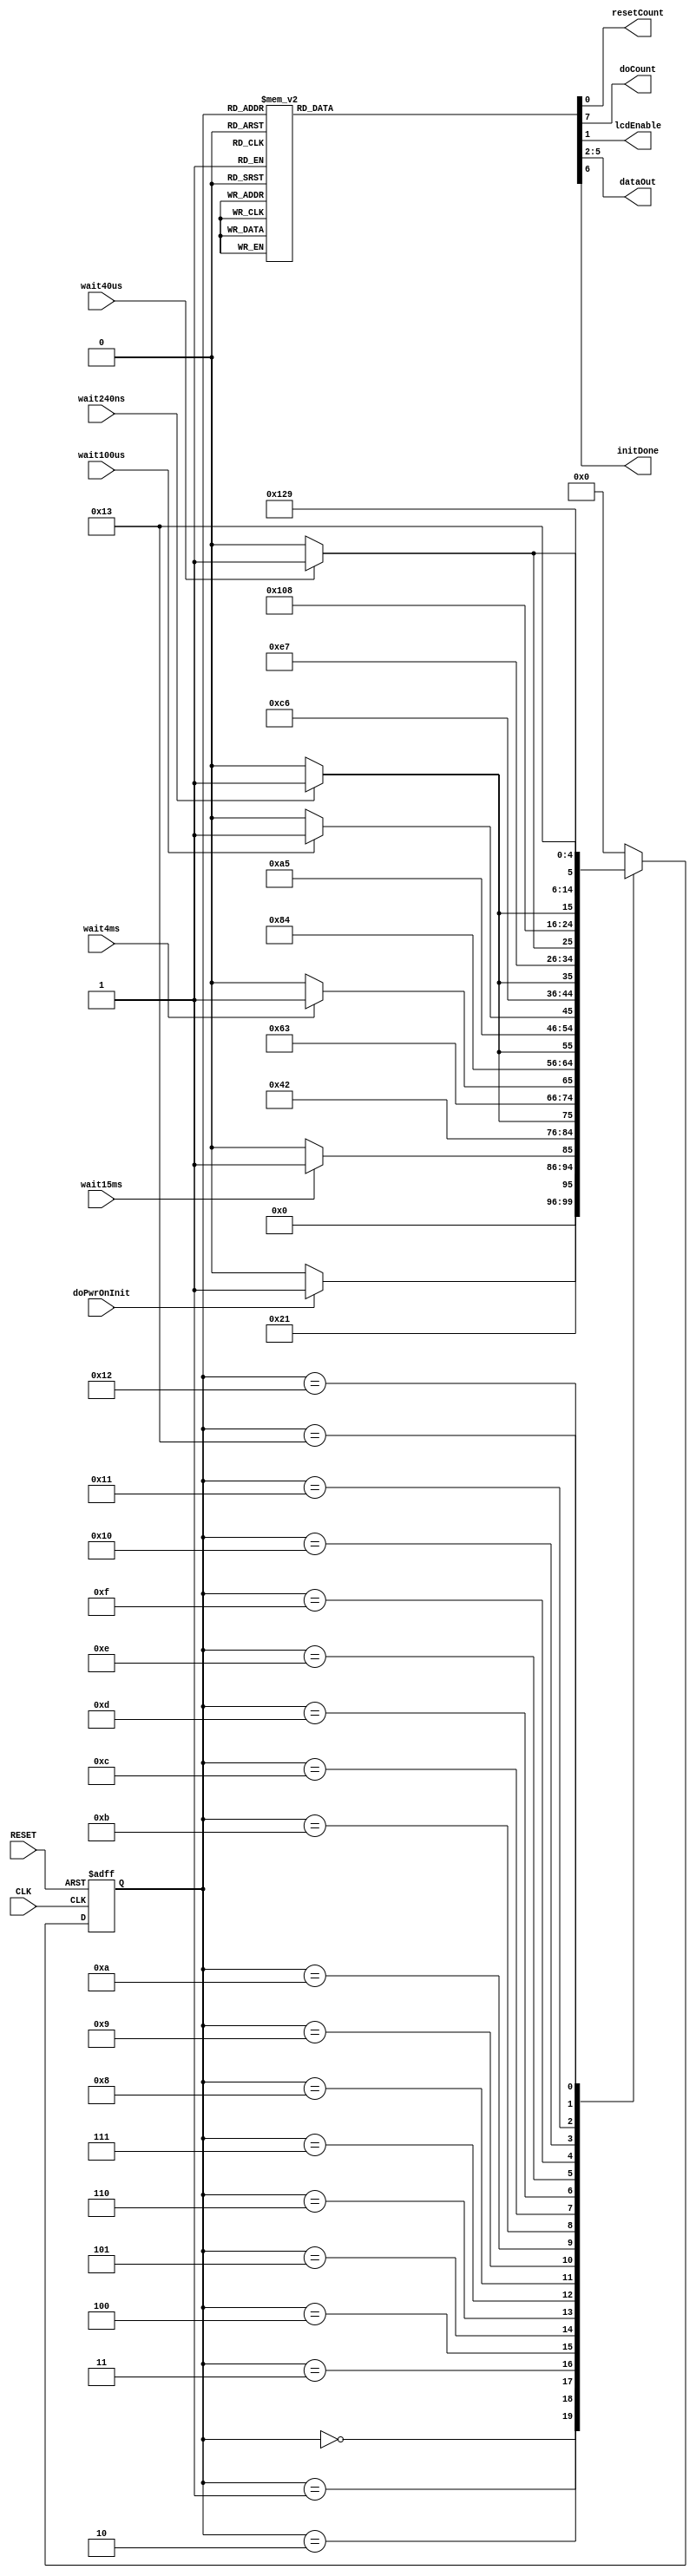
`timescale 1ns / 1ps
//////////////////////////////////////////////////////////////////////////////////
// Company: 
// Engineer: 
// 
// Design Name: 
// Module Name:    lcd_pwr_on_init 
// Project Name: 
// Target Devices: 
// Tool versions: 
// Description: 
//
// Dependencies: 
//
// Revision: 
// Revision 0.01 - File Created
// Additional Comments: 
//
//////////////////////////////////////////////////////////////////////////////////
module lcd_pwr_on_init(CLK,
                       RESET,
                       wait240ns,
                       wait40us,
                       wait100us,
                       wait4ms,
                       wait15ms,
                       doPwrOnInit,
                       resetCount,
                       doCount,
                       lcdEnable,
                       dataOut,
                       initDone
                       );

   input CLK;
   input RESET;
   input wait240ns;
   input wait40us;
   input wait100us;
   input wait4ms;
   input wait15ms;
   input doPwrOnInit;

   output       resetCount;
   output       doCount;
   output       lcdEnable;
   output [3:0] dataOut;
   output       initDone;

   reg          resetCount;
   reg          doCount;
   reg          lcdEnable;
   reg [3:0]    dataOut;
   reg          initDone;
   
   // state flip-flops
   reg [4:0]     current_state;
   reg [4:0]     next_state;

   // state definitions
   parameter     READY = 0;
   parameter     FIFTEEN_MS_START = 1;
   parameter     FIFTEEN_MS_WAIT = 2;
   parameter     ONE_START = 3;
   parameter     ONE_WAIT = 4;
   parameter     TWO_START = 5;
   parameter     TWO_WAIT = 6;
   parameter     THREE_START = 7;
   parameter     THREE_WAIT = 8;
   parameter     FOUR_START = 9;
   parameter     FOUR_WAIT = 10;
   parameter     FIVE_START = 11;
   parameter     FIVE_WAIT = 12;
   parameter     SIX_START = 13;
   parameter     SIX_WAIT = 14;
   parameter     SEVEN_START = 15;
   parameter     SEVEN_WAIT = 16;
   parameter     EIGHT_START = 17;
   parameter     EIGHT_WAIT = 18;
   parameter     DONE = 19;

   // update current state
   always @ (posedge CLK, posedge RESET)
     begin
        if (RESET)
          current_state = READY;
        else
          current_state = next_state;
     end

   // Output signals
   always @ (current_state)
     begin
        resetCount = 0;
        doCount = 0;
        lcdEnable = 0;
        initDone = 0;
	dataOut = 4'b0000;

        case (current_state)

          READY:
            begin
               doCount = 0;
            end
          
          FIFTEEN_MS_START:
            begin
               resetCount = 1;
               doCount = 1;
            end
          
          FIFTEEN_MS_WAIT:
            begin
               doCount = 1;
            end
          
          ONE_START:
            begin
               resetCount = 1;
               doCount = 1;
               lcdEnable = 1;
               dataOut = 4'b0011;
            end
          
          ONE_WAIT:
            begin
               doCount = 1;
               lcdEnable = 1;
               dataOut = 4'b0011;
            end
          
          TWO_START:
            begin
               resetCount = 1;
               doCount = 1;
               lcdEnable = 0;
            end
          
          TWO_WAIT:
            begin
               doCount = 1;
               lcdEnable = 0;
            end
          
          THREE_START:
            begin
               resetCount = 1;
               doCount = 1;
               lcdEnable = 1;
               dataOut = 4'b0011;
            end
          
          THREE_WAIT:
            begin
               doCount = 1;
               lcdEnable = 1;
               dataOut = 4'b0011;
            end
          
          FOUR_START:
            begin
               resetCount = 1;
               doCount = 1;
               lcdEnable = 0;
            end
          
          FOUR_WAIT:
            begin
               doCount = 1;
               lcdEnable = 0;
            end
          
          FIVE_START:
            begin
               resetCount = 1;
               doCount = 1;
               lcdEnable = 1;
               dataOut = 4'b0011;
            end
          
          FIVE_WAIT:
            begin
               doCount = 1;
               lcdEnable = 1;
               dataOut = 4'b0011;
            end
          
          SIX_START:
            begin
               resetCount = 1;
               doCount = 1;
               lcdEnable = 0;
            end
          
          SIX_WAIT:
            begin
               doCount = 1;
               lcdEnable = 0;
            end
          
          SEVEN_START:
            begin
               resetCount = 1;
               doCount = 1;
               lcdEnable = 1;
               dataOut = 4'b0010;
            end
          
          SEVEN_WAIT:
            begin
               doCount = 1;
               lcdEnable = 1;
               dataOut = 4'b0010;
            end
          
          EIGHT_START:
            begin
               resetCount = 1;
               doCount = 1;
               lcdEnable = 0;
            end
          
          EIGHT_WAIT:
            begin
               doCount = 1;
               lcdEnable = 0;
            end
          
          DONE:
            begin
               initDone = 1;
            end

	  default:
	    begin
	    end
	  
        endcase
     end

   // Next state
   always @ (current_state, doPwrOnInit, wait15ms, wait4ms, wait100us, wait40us, wait240ns)
     begin
        case (current_state)

          READY:
            begin
               if (doPwrOnInit)
                 next_state = FIFTEEN_MS_START;
               else
                 next_state = READY;
            end
          
          FIFTEEN_MS_START:
            begin
               next_state = FIFTEEN_MS_WAIT;
            end
          
          FIFTEEN_MS_WAIT:
            begin
               if (wait15ms)
                 next_state =  ONE_START;
               else
                 next_state = FIFTEEN_MS_WAIT;
            end
          
          ONE_START:
            begin
               next_state = ONE_WAIT;
            end
          
          ONE_WAIT:
            begin
               if (wait240ns)
                 next_state = TWO_START;
               else
                 next_state = ONE_WAIT;
            end
          
          TWO_START:
            begin
               next_state = TWO_WAIT;
            end
          
          TWO_WAIT:
            begin
               if (wait4ms)
                 next_state = THREE_START;
               else
                 next_state = TWO_WAIT;
            end
          
          THREE_START:
            begin
               next_state = THREE_WAIT;
            end
          
          THREE_WAIT:
            begin
               if (wait240ns)
                 next_state = FOUR_START;
               else
                 next_state = THREE_WAIT;
            end
          
          FOUR_START:
            begin
               next_state = FOUR_WAIT;
            end
          
          FOUR_WAIT:
            begin
               if (wait100us)
                 next_state = FIVE_START;
               else
                 next_state = FOUR_WAIT;
            end
          
          FIVE_START:
            begin
               next_state = FIVE_WAIT;
            end
          
          FIVE_WAIT:
            begin
               if (wait240ns)
                 next_state = SIX_START;
               else
                 next_state = FIVE_WAIT;
            end
          
          SIX_START:
	    begin
               next_state = SIX_WAIT;
	    end
          
          SIX_WAIT:
            begin
               if (wait40us)
                 next_state = SEVEN_START;
               else
                 next_state = SIX_WAIT;
            end
          
          SEVEN_START:
            begin
               next_state = SEVEN_WAIT;
            end
          
          SEVEN_WAIT:
            begin
               if (wait240ns)
                 next_state = EIGHT_START;
               else
                 next_state = SEVEN_WAIT;
            end
          
          EIGHT_START:
            begin
               next_state = EIGHT_WAIT;
            end
          
          EIGHT_WAIT:
            begin
               if (wait40us)
                 next_state = DONE;
               else
                 next_state = EIGHT_WAIT;
            end
          
          DONE:
            begin
               next_state = DONE;
            end

	  default:
	    begin
               next_state = READY;
	    end
	  
        endcase
     end
endmodule